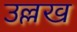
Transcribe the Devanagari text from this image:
उल्लख